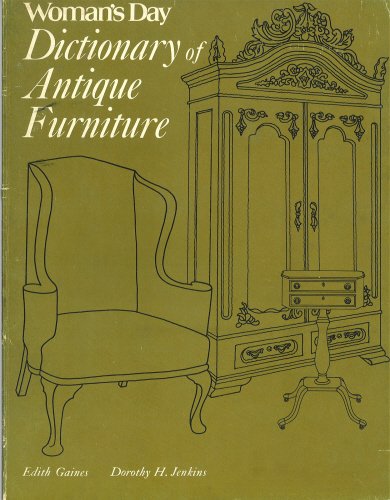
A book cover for Woman's Day Dictionary of Antique Furniture; Edith & Jenkiins, Dorothy H Grines; Crafts, Hobbies & Home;